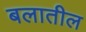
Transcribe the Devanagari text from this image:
बलातील